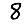
Digit: 8